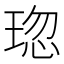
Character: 𤦏